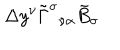
\Delta y ^ { \nu } \tilde { \Gamma } ^ { \sigma } { } _ { \nu \alpha } \tilde { B } _ { \sigma }